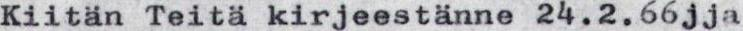
Kiitän Teitä kirjeestänne 24.2.66jja